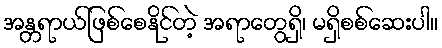
အန္တရာယ်ဖြစ်စေနိုင်တဲ့ အရာတွေရှိ၊ မရှိစစ်ဆေးပါ။